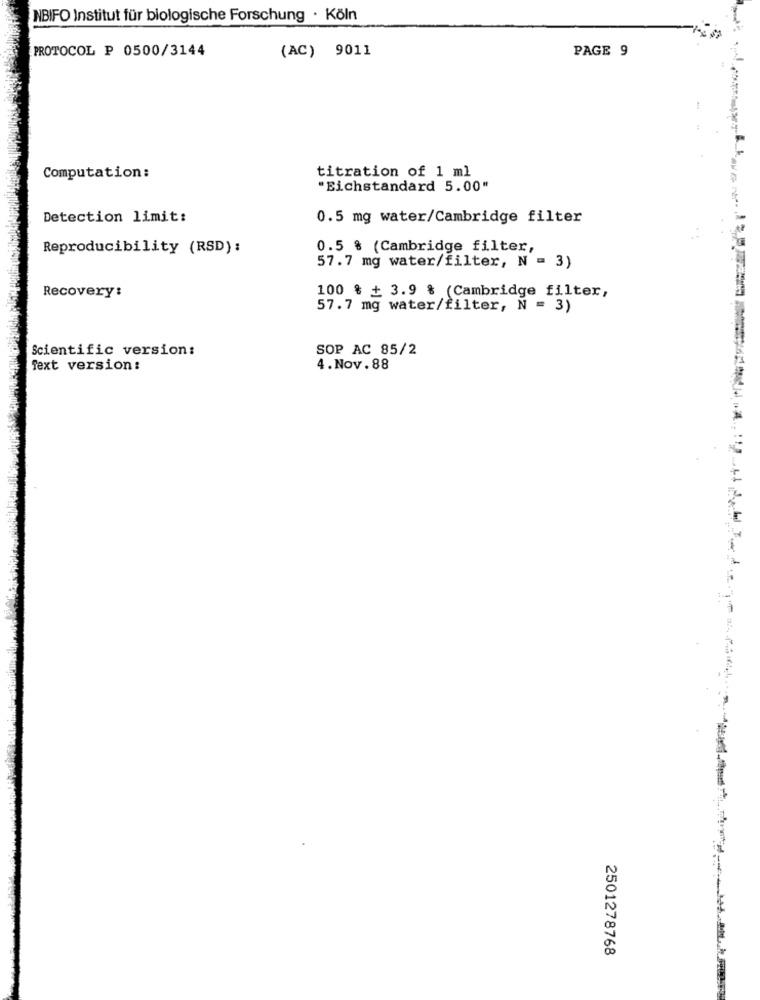
NBIFO Institut für biologische Forschung · Köln
PROTOCOL P 0500/3144
(AC) 9011
PAGE 9
titration of 1 ml
Computation:
"Eichstandard 5.00"
Detection limit:
0.5 mg water/Cambridge filter
Reproducibility (RSD):
0.5 % (Cambridge filter,
57.7 mg water/filter, N = 3)
Recovery:
100 % + 3.9 % (Cambridge filter,
57.7 mg water/filter, N = 3)
Scientific version:
SOP AC 85/2
Text version:
4.Nov. 88
2501278768